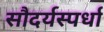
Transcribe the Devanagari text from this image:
सौदर्यस्पर्धा